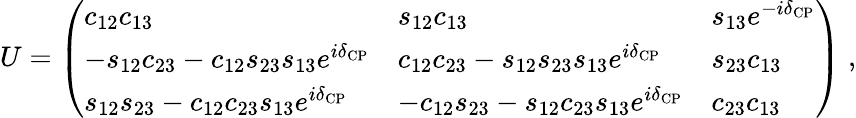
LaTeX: U=\left(\begin{array}{lll}{c_{12}c_{13}}&{s_{12}c_{13}}&{s_{13}e^{-i\delta_{\mathrm{CP}}}}\\ {-s_{12}c_{23}-c_{12}s_{23}s_{13}e^{i\delta_{\mathrm{CP}}}}&{c_{12}c_{23}-s_{12}s_{23}s_{13}e^{i\delta_{\mathrm{CP}}}}&{s_{23}c_{13}}\\ {s_{12}s_{23}-c_{12}c_{23}s_{13}e^{i\delta_{\mathrm{CP}}}}&{-c_{12}s_{23}-s_{12}c_{23}s_{13}e^{i\delta_{\mathrm{CP}}}}&{c_{23}c_{13}}\end{array}\right)\; ,